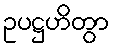
ဥပဋ္ဌဟိတွာ